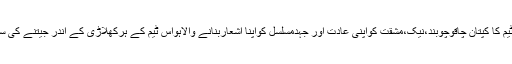
قابل ذکر امریہ ہے کہ جس ٹیم کا کپتان چاقوچوبند،نیک،مشقت کواپنی عادت اور جہدمسلسل کواپنا اشعاربنانے والاہواس ٹیم کے ہرکھلاڑی کے اندر جیتنے کی سپرٹ ضرورموجودہوتی ہے۔